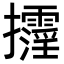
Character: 𢺓